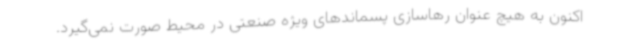
اکنون به هیچ عنوان رهاسازی پسماندهای ویژه صنعتی در محیط صورت نمی‌گیرد.